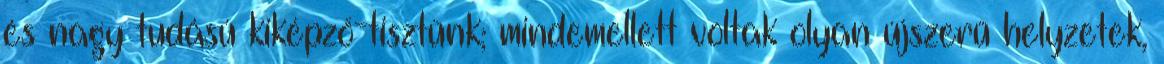
és nagy tudású kiképző-tisztünk; mindemellett voltak olyan újszerű helyzetek,